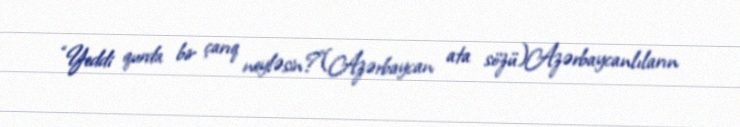
“Yeddi qurda bir çarıq neyləsin?”(Azərbaycan ata sözü)Azərbaycanlıların